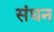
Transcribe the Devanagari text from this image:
संघन